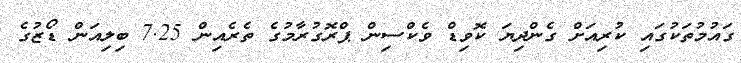
ގައުމުތަކުގައި ކުރިއަށް ގެންދިޔަ ކޮވިޑް ވެކްސިން ޕްރޮގުރާމުގެ ތެރެއިން 7.25 ބިލިއަން ޑޯޒުގެ